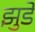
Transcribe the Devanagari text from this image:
झुडे